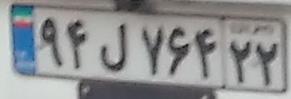
۹۴ل۷۶۴۲۲